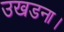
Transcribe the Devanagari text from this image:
उखडना।